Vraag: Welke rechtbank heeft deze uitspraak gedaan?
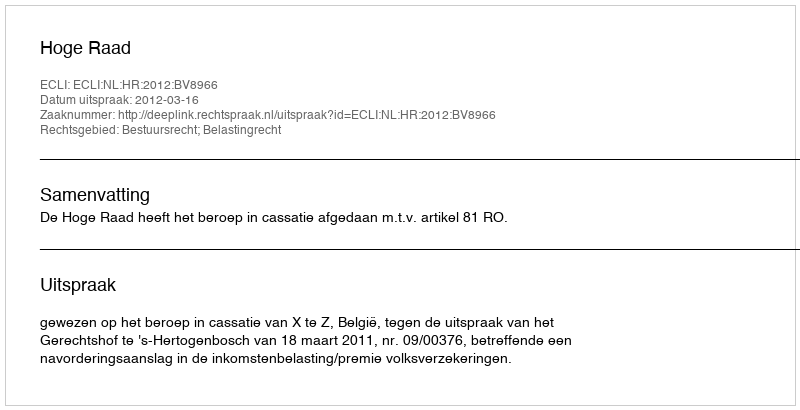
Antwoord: Hoge Raad